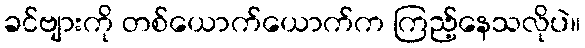
ခင်ဗျားကို တစ်ယောက်ယောက်က ကြည့်နေသလိုပဲ။